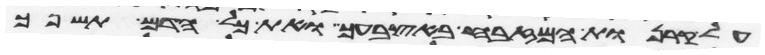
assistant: על קרנות המזבח באצבעך ואת כל הדם תשפך